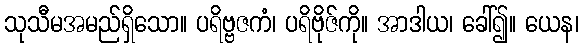
သုသီမအမည်ရှိသော။ ပရိဗ္ဗဇကံ၊ ပရိဗိုဇ်ကို။ အာဒါယ၊ ခေါ်၍။ ယေန၊